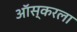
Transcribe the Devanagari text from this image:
ऑस्करला